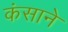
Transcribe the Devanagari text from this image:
कंसाने